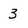
Character: 3